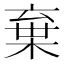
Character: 棄